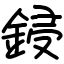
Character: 鋟